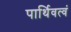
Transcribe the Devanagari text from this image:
पार्थिवत्वं